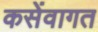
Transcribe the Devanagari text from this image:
कसेंवागत